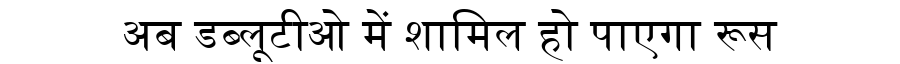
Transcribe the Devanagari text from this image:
अब डब्लूटीओ में शामिल हो पाएगा रूस